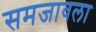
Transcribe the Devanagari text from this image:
समजावला